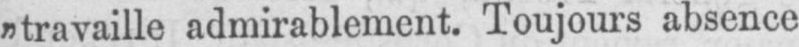
„travaille admirablement. Toujours absence